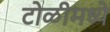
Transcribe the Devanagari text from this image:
टोळीमध्ये